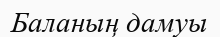
Баланың дамуы